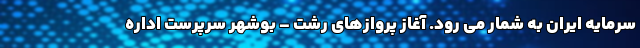
سرمایه ایران به شمار می رود. آغاز پروازهای رشت – بوشهر سرپرست اداره